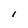
Character: l